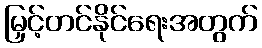
မြှင့်တင်နိုင်ရေးအတွက်